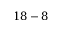
1 8 - 8